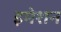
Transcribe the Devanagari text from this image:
इमेशन